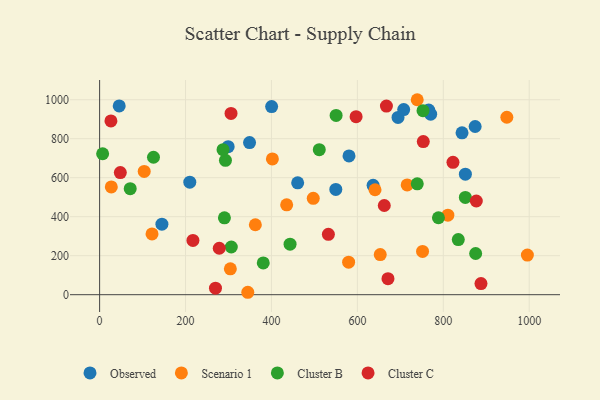
{"axis": {"x": "Ad Spend", "y": "Sales"}, "legend": ["Cluster B", "Cluster C", "Observed", "Scenario 1"], "data": [{"x": "843.6", "y": 830.4, "type": "Observed"}, {"x": "461.0", "y": 573.7, "type": "Observed"}, {"x": "349.0", "y": 780.1, "type": "Observed"}, {"x": "209.9", "y": 577.1, "type": "Observed"}, {"x": "694.6", "y": 908.9, "type": "Observed"}, {"x": "45.6", "y": 968.3, "type": "Observed"}, {"x": "707.8", "y": 949.2, "type": "Observed"}, {"x": "400.4", "y": 964.6, "type": "Observed"}, {"x": "851.4", "y": 617.9, "type": "Observed"}, {"x": "299.2", "y": 759.3, "type": "Observed"}, {"x": "766.0", "y": 946.8, "type": "Observed"}, {"x": "580.5", "y": 711.6, "type": "Observed"}, {"x": "549.8", "y": 539.7, "type": "Observed"}, {"x": "145.0", "y": 361.4, "type": "Observed"}, {"x": "770.6", "y": 925.6, "type": "Observed"}, {"x": "874.1", "y": 862.5, "type": "Observed"}, {"x": "636.6", "y": 561.0, "type": "Observed"}, {"x": "810.6", "y": 407.7, "type": "Scenario 1"}, {"x": "653.2", "y": 205.7, "type": "Scenario 1"}, {"x": "497.3", "y": 494.4, "type": "Scenario 1"}, {"x": "304.3", "y": 132.7, "type": "Scenario 1"}, {"x": "751.7", "y": 222.0, "type": "Scenario 1"}, {"x": "995.7", "y": 203.2, "type": "Scenario 1"}, {"x": "715.9", "y": 562.7, "type": "Scenario 1"}, {"x": "122.0", "y": 311.4, "type": "Scenario 1"}, {"x": "362.5", "y": 358.7, "type": "Scenario 1"}, {"x": "947.9", "y": 910.0, "type": "Scenario 1"}, {"x": "579.6", "y": 166.9, "type": "Scenario 1"}, {"x": "402.2", "y": 696.2, "type": "Scenario 1"}, {"x": "27.2", "y": 552.5, "type": "Scenario 1"}, {"x": "344.9", "y": 12.4, "type": "Scenario 1"}, {"x": "641.1", "y": 538.1, "type": "Scenario 1"}, {"x": "103.8", "y": 632.2, "type": "Scenario 1"}, {"x": "739.3", "y": 999.9, "type": "Scenario 1"}, {"x": "435.4", "y": 460.7, "type": "Scenario 1"}, {"x": "752.8", "y": 943.8, "type": "Cluster B"}, {"x": "788.7", "y": 394.7, "type": "Cluster B"}, {"x": "851.3", "y": 498.6, "type": "Cluster B"}, {"x": "290.5", "y": 394.4, "type": "Cluster B"}, {"x": "380.9", "y": 162.9, "type": "Cluster B"}, {"x": "7.0", "y": 722.9, "type": "Cluster B"}, {"x": "292.9", "y": 689.1, "type": "Cluster B"}, {"x": "71.2", "y": 543.6, "type": "Cluster B"}, {"x": "443.3", "y": 259.1, "type": "Cluster B"}, {"x": "125.4", "y": 704.8, "type": "Cluster B"}, {"x": "511.3", "y": 743.5, "type": "Cluster B"}, {"x": "834.9", "y": 282.5, "type": "Cluster B"}, {"x": "306.5", "y": 244.7, "type": "Cluster B"}, {"x": "875.3", "y": 211.3, "type": "Cluster B"}, {"x": "550.5", "y": 919.2, "type": "Cluster B"}, {"x": "739.4", "y": 568.6, "type": "Cluster B"}, {"x": "287.3", "y": 743.6, "type": "Cluster B"}, {"x": "597.0", "y": 912.9, "type": "Cluster C"}, {"x": "671.2", "y": 82.2, "type": "Cluster C"}, {"x": "48.2", "y": 626.2, "type": "Cluster C"}, {"x": "667.6", "y": 967.2, "type": "Cluster C"}, {"x": "305.9", "y": 929.6, "type": "Cluster C"}, {"x": "217.2", "y": 278.1, "type": "Cluster C"}, {"x": "753.4", "y": 785.2, "type": "Cluster C"}, {"x": "822.5", "y": 678.8, "type": "Cluster C"}, {"x": "532.5", "y": 309.6, "type": "Cluster C"}, {"x": "876.8", "y": 480.5, "type": "Cluster C"}, {"x": "278.5", "y": 238.1, "type": "Cluster C"}, {"x": "887.7", "y": 56.8, "type": "Cluster C"}, {"x": "269.7", "y": 33.2, "type": "Cluster C"}, {"x": "26.3", "y": 891.3, "type": "Cluster C"}, {"x": "662.6", "y": 457.4, "type": "Cluster C"}]}